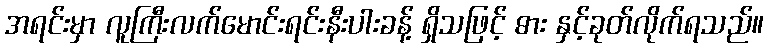
အရင်းမှာ လူကြီးလက်မောင်းရင်းနီးပါးခန့် ရှိသဖြင့် ဓား နှင့်ခုတ်လိုက်ရသည်။